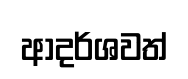
ආදර්ශවත්